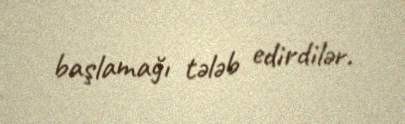
başlamağı tələb edirdilər.